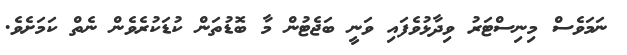
ނަމަވެސް މިނިސްޓަރު ވިދާޅުވެފައި ވަނީ ބަޖެޓުން މާ ބޮޑުތަން ކުޑަކުރެވެން ނެތް ކަމަށެވެ.